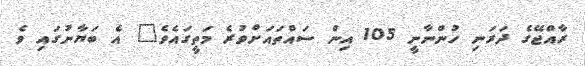
ރާއްޖޭގެ ދަރަނި ހުންނާނީ 105 އިން ސައްތައަށްވުރެ މަތީގައެވެ" އެ ބަޔާނުގައި ވެ